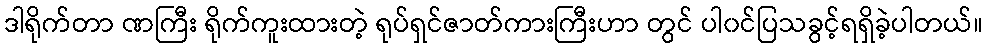
ဒါရိုက်တာ ဏကြီး ရိုက်ကူးထားတဲ့ ရုပ်ရှင်ဇာတ်ကားကြီးဟာ တွင် ပါ၀င်ပြသခွင့်ရရှိခဲ့ပါတယ်။